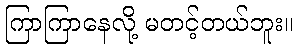
ကြာကြာနေလို့ မတင့်တယ်ဘူး။